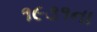
૧૯૩૧ના